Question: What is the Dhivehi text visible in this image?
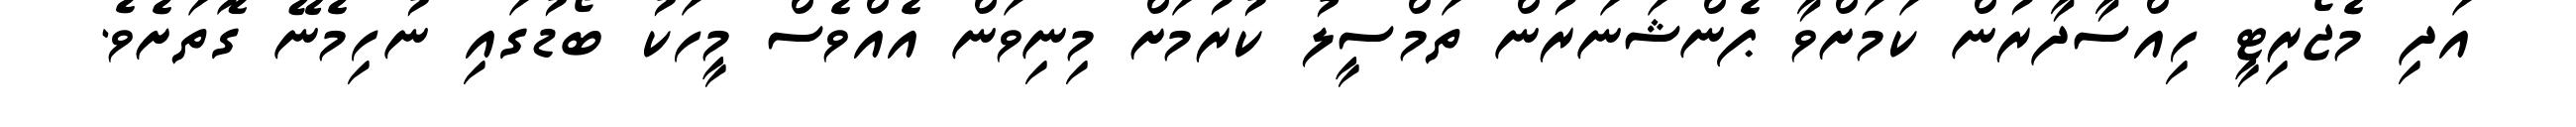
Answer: އަދި މެޖޯރިޓީ ހިއްސާދާރުން ކަމަށްވާ ޕެންޝަނަރުން ތަމްސީލު ކުރުމަށް މިނިވަން އެއްވެސް މީހަކު ބޯޑުގައި ނުހިމެނޭ ގޮތަށެވެ.